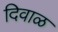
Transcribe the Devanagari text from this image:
दिवाळ